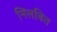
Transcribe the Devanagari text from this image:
निंलबित